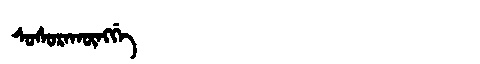
Manchu: ᠰᠣᠰᠣᡵᠠᡴᡡᠩᡤᡝ
Romanization: SOSORAKŪNGGE